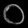
Digit: ၀